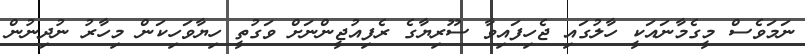
ނަމަވެސް މީގެމާނައަކީ ހާލުގައި ޖެހިފައިވާ ސޫރިޔާގެ ރެފިއުޖީންނަށް ވަގުތީ ހިޔާވަހިކަން މިހާރު ނުދިނުން